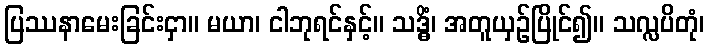
ပြဿနာမေးခြင်းငှာ။ မယာ၊ ငါဘုရင်နှင့်။ သဒ္ဓိံ၊ အတူယှဉ်ပြိုင်၍။ သလ္လပိတုံ၊